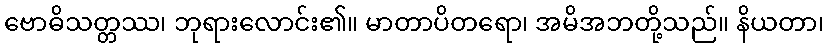
ဗောဓိသတ္တဿ၊ ဘုရားလောင်း၏။ မာတာပိတရော၊ အမိအဘတို့သည်။ နိယတာ၊